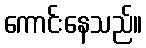
ကောင်းနေသည်။